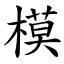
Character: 模